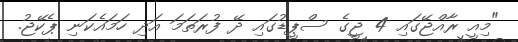
"މިއީ ރާއްޖޭގައި 4 ޖީގެ ސްޕީޑުގައި ދޭ ފުރަތަމަ އަދި ހަމައެކަނި ޕެކޭޖު.